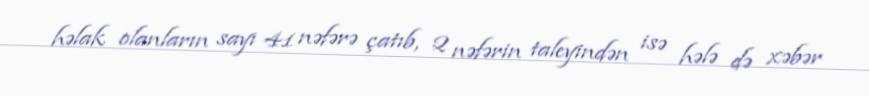
həlak olanların sayı 41 nəfərə çatıb, 2 nəfərin taleyindən isə hələ də xəbər